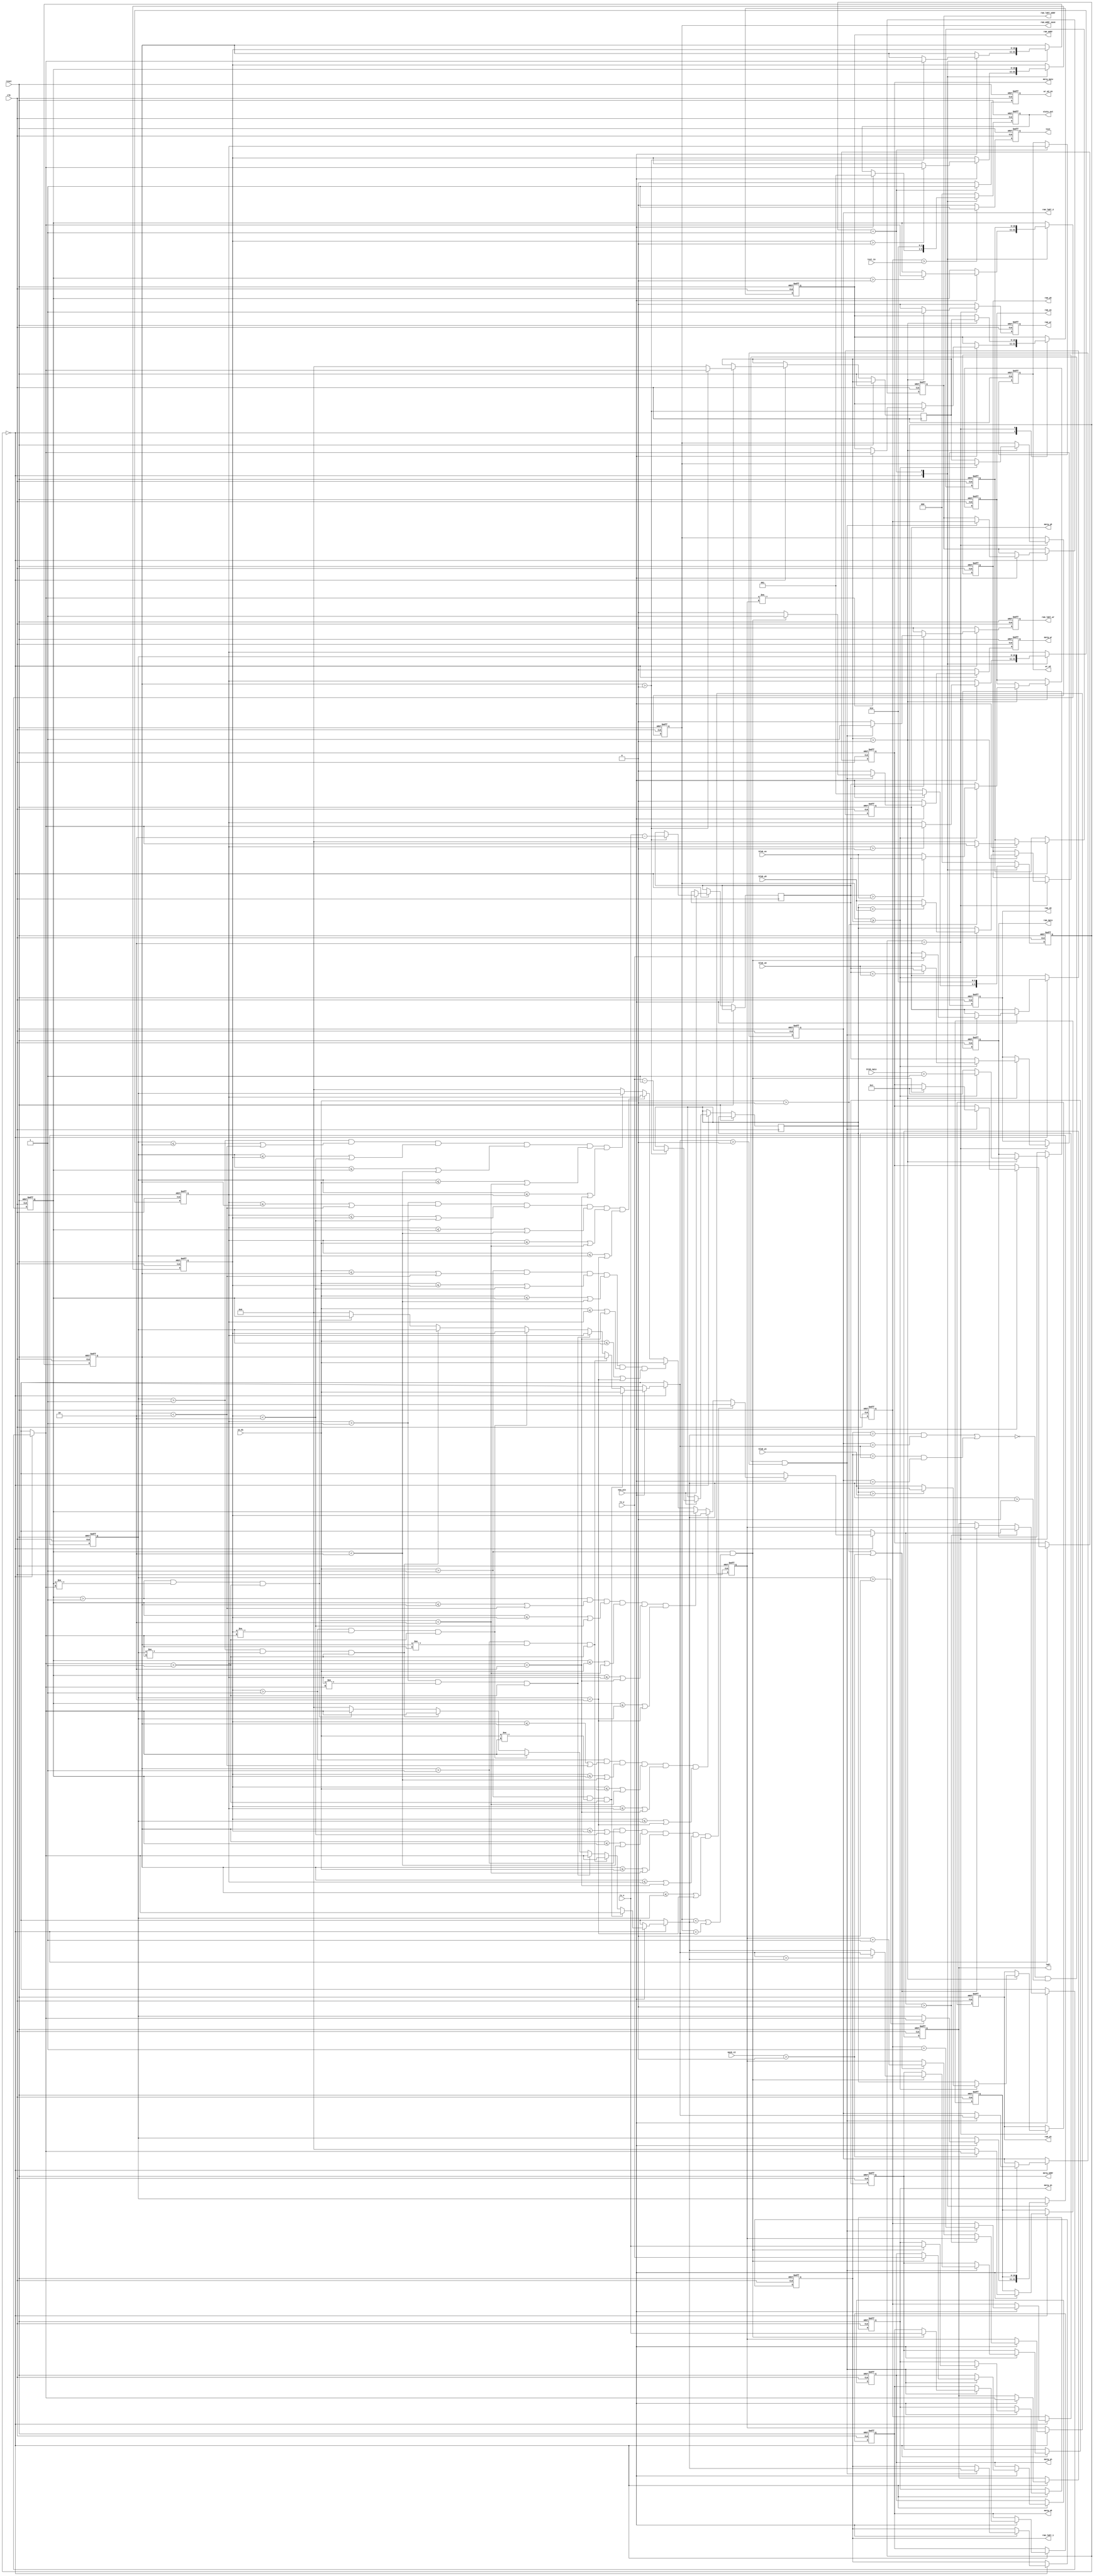
module BLOB_ANALYSIS(
	input wire clk,
	input wire reset,	
	
	input wire new_pix,
	input wire [10:0]mask_c2,	
	input wire [10:0]in_d1,
	input wire [18:0]blob_npix,	
	input wire [9:0]blob_x0,
	input wire [9:0]blob_y0,
	input wire [9:0]blob_xn,
	input wire [9:0]blob_yn,
	input wire [9:0]tv_x,
	input wire [9:0]tv_y,
	input wire [10:0]test_in,
	
	output reg [10:0]wr_a2,
	output reg wr_a2_en,	
	output reg [18:0]ram_npix,
	output reg [9:0]ram_x0,	
	output reg [9:0]ram_y0,
	output reg [9:0]ram_xn,
	output reg [9:0]ram_yn,	
	output reg [10:0]ram_addr,
	output reg ram_wr,
	output reg [10:0]ram_labl_1,
	output reg [10:0]ram_labl_2,
	output reg [10:0]ram_labl_addr,
	output reg ram_labl_wr,
	output reg [10:0]ram_addr_save,	
	
	output reg [18:0]merg_npix,
	output reg [9:0]merg_x0,	
	output reg [9:0]merg_y0,
	output reg [9:0]merg_xn,
	output reg [9:0]merg_yn,	
	output reg [10:0]merg_addr,
	output reg merg_wr,	
	
	output reg [10:0]labl,
	output reg [2:0]state_out,
	output reg test
	);

reg [2:0]state = 0;

reg [10:0]a1 = 0;
reg [10:0]a2 = 0;
reg [10:0]b1 = 0;
reg [10:0]b2 = 0;
reg [10:0]c1 = 0;
reg [10:0]c2 = 0;
reg [10:0]d1 = 0;

reg [10:0]a1_save = 0;
reg [9:0]a1_x = 0;
reg [9:0]a1_y = 0;

reg [9:0]x0 = 0;
reg [9:0]y0 = 0;
reg [9:0]xn = 0;
reg [9:0]yn = 0;

reg [10:0]labl_nex = 2;
reg [10:0]labl_min = 0;
reg [10:0]labl_addr = 1;
reg [10:0]labl_1 = 0;
reg [10:0]labl_2 = 0;

wire [19:0] npix_add_one;
assign npix_add_one = blob_npix + 1;

always @(posedge clk or posedge reset)
	if(reset) 
	begin
		a1 <= 0;
		a2 <= 0;
		b1 <= 0;
		b2 <= 0;
		c1 <= 0;
		c2 <= 0;
		d1 <= 0;
		wr_a2 <= 0;
		wr_a2_en <= 0;
		ram_npix <= 0;
		ram_x0 <= 0;	
		ram_y0 <= 0;
		ram_xn <= 0;
		ram_yn <= 0;	
		ram_addr <= 0;
		ram_wr <= 0;
		labl <= 0;
		labl_nex <= 2;
		labl_min <= 0;
		ram_addr_save <= 0;
		ram_labl_1 <= 0;
		ram_labl_2 <= 0;
		ram_labl_addr <= 0;
		labl_addr <= 1;
		ram_labl_wr <= 0;
		merg_npix <= 0;
		merg_x0 <= 0;
		merg_y0 <= 0;
		merg_xn <= 0;
		merg_yn <= 0;	
		merg_addr <= 0;
		merg_wr <= 0;	
		state <= 0;
		state_out <= 0;		
		test <= 0;
	end 
	else begin	
		test <= 0;
		wr_a2_en <= 0;	
		ram_wr <= 0;
		merg_wr <= 0;
		ram_labl_wr <= 0;
		
//		if((tv_x == 20)&&(tv_y == 30)) //32
//			test <= 1;

		if(labl_addr > test_in)
			test <= 1;
			
		case(state)		
			0: //
			begin	
				if(new_pix)
				begin
					// 					
					//  
					//labl_min = 0;
					if((a1 > 1)&&((a1 <= b1)||(b1 < 2))&&((a1 <= c1)||(c1 < 2))&&
					((a1 <= in_d1)||(in_d1 < 2))&&((a1 <= a2)||(a2 < 2))&&((a1 <= b2)||(b2 < 2)))
						labl_min = a1;						
					else if((b1 > 1)&&((b1 <= a1)||(a1 < 2))&&((b1 <= c1)||(c1 < 2))&&
					((b1 <= in_d1)||(in_d1 < 2))&&((b1 <= a2)||(a2 < 2))&&((b1 <= b2)||(b2 < 2)))
						labl_min = b1;						
					else if((c1 > 1)&&((c1 <= a1)||(a1 < 2))&&((c1 <= b1)||(b1 < 2))&&
					((c1 <= in_d1)||(in_d1 < 2))&&((c1 <= a2)||(a2 < 2))&&((c1 <= b2)||(b2 < 2)))
						labl_min = c1;						
					else if((in_d1 > 1)&&((in_d1 <= a1)||(a1 < 2))&&((in_d1 <= b1)||(b1 < 2))&&
					((in_d1 <= c1)||(c1 < 2))&&((in_d1 <= a2)||(a2 < 2))&&((in_d1 <= b2)||(b2 < 2)))
						labl_min = in_d1;						
					else if((a2 > 1)&&((a2 <= a1)||(a1 < 2))&&((a2 <= b1)||(b1 < 2))&&
					((a2 <= c1)||(c1 < 2))&&((a2 <= in_d1)||(in_d1 < 2))&&((a2 <= b2)||(b2 < 2)))
						labl_min = a2;						
					else if((b2 > 1)&&((b2 <= a1)||(a1 < 2))&&((b2 <= b1)||(b1 < 2))&&
					((b2 <= c1)||(c1 < 2))&&((b2 <= in_d1)||(in_d1 < 2))&&((b2 <= a2)||(a2 < 2)))
						labl_min = b2;	
					else
						labl_min = 0;

				
					// 
					if(labl_min > 0)
					begin
						labl = labl_min;
					end 
					else if((in_d1 > 0)||(mask_c2 > 0))
					begin
						labl = labl_nex;
						labl_nex <= labl_nex + 1;
					end
					
					labl_1 = 0;
					labl_2 = 0;
					// 
					if((in_d1 > 1)&&(in_d1 != labl)&&(labl > 1))
					begin
						labl_1 = labl;
						labl_2 = in_d1;
					end
					else if((a1 > 1)&&(a1 != labl)&&(labl > 1))
					begin
						labl_1 = labl;
						labl_2 = a1;
					end
					else if((a2 > 1)&&(a2 != labl)&&(labl > 1))
					begin
						labl_1 = labl;
						labl_2 = a2;
					end	
					else if((b1 > 1)&&(b1 != labl)&&(labl > 1))
					begin
						labl_1 = labl;
						labl_2 = b1;
					end					
					else if((b2 > 1)&&(b2 != labl)&&(labl > 1))
					begin
						labl_1 = labl;
						labl_2 = b2;
					end
					else if((c1 > 1)&&(c1 != labl)&&(labl > 1))
					begin
						labl_1 = labl;
						labl_2 = c1;
					end					

					
					
					if((~(((ram_labl_1 == labl_1)&&(ram_labl_2 == labl_2))||
						((ram_labl_1 == labl_2)&&(ram_labl_2 == labl_1))))&&
						(labl_1 > 0)&&(labl_2 > 0))
					begin	
						ram_labl_1 <= labl_1;
						ram_labl_2 <= labl_2;
						ram_labl_addr <= labl_addr;
						labl_addr <= labl_addr + 1;
						ram_labl_wr <= 1;
						
						
						//       
						if((in_d1 > 1)&&
							((ram_addr_save < labl_1)||
							(ram_addr_save < labl_2)))
						begin
							//    
							merg_npix <= 1;
							merg_x0 <= tv_x;							
							merg_xn <= tv_x;							
							merg_y0 <= tv_y; //- 1);// 2   
							merg_yn <= tv_y; //- 1);
							
							if(labl_2 > labl_1)
								merg_addr <= labl_2;
							else
								merg_addr <= labl_1;								
							merg_wr <= 1;	

						end
					end
					
					// 
					if(a1 > 0)
					begin
						a1 <= labl;	//  						
						a1_save <= labl;
						a1_x <= (tv_x - 2);
						a1_y <= (tv_y - 1);
						//    a1
						if(labl != labl_nex)//  
						begin
							ram_addr <= labl;
							ram_wr <= 0;	
						end
					end
					else begin
						a1_save <= 0;
					end					
					if(a2 > 0)
						a2 <= labl;							
					if(b1 > 0)
						b1 <= labl;						
					if(b2 > 0)
						b2 <= labl;							
					if(c1 > 0)
						c1 <= labl;	
						
					if(mask_c2 > 0)
						c2 <= labl;	
					else
						c2 <= 0;	
						
					if(in_d1 > 0)
					begin
						d1 <= labl;	
					end
					else
						d1 <= 0;

//					c2 <=	mask_c2;
//					d1 <= in_d1;
					
					//  . 
					state <= 1;
					state_out <= 1;						
				end //if(new_pix)	
			end //state_0		
		
			1://    
			begin	
				// a2
				wr_a2 <= a2;
				wr_a2_en <= 1;
				// 
				a1 <= b1;
				a2 <= b2;				
				b1 <= c1;
				b2 <= c2;
				c1 <= d1;				
				//  . 	
				state <= 2;
				state_out <= 2;			
			end //state_1	
			
			2: 
			begin				
				//  
				//   a1
				if(a1_save > 0)
				begin
					if(ram_addr_save >= a1_save)//   
					begin
						x0 = blob_x0;
						y0 = blob_y0;
						xn = blob_xn;
						yn = blob_yn;	
						
						if(a1_x < x0)
							x0 = a1_x;
						if(a1_x > xn)
							xn = a1_x;						
						if(a1_y < y0)
							y0 = a1_y;
						if(a1_y > yn)
							yn = a1_y;
							
						ram_npix <= npix_add_one[18:0];
						ram_x0 <= x0;	
						ram_y0 <= y0;
						ram_xn <= xn;
						ram_yn <= yn;	
						ram_addr <= a1_save;							
						ram_wr <= 1;
					end
					else begin//  
						
						ram_npix <= 1;
						ram_x0 <= a1_x;	
						ram_y0 <= a1_y;
						ram_xn <= a1_x;
						ram_yn <= a1_y;	
						ram_addr <= a1_save;	
						ram_addr_save <= a1_save;
						ram_wr <= 1;
					end
				end //if(a1_save > 0)	
				
				//  . 	
				state <= 0;
				state_out <= 0;			
			end //state_2
			
//			3://
//			begin	
//					
//				//  . 	
//				state <= 0;
//				state_out <= 0;			
//			end //state_3			
			
			default:
			begin			
				state <= 0;
				state_out <= 0;				
			end //default	
			
		endcase //case(state)		
	end //else reset

endmodule